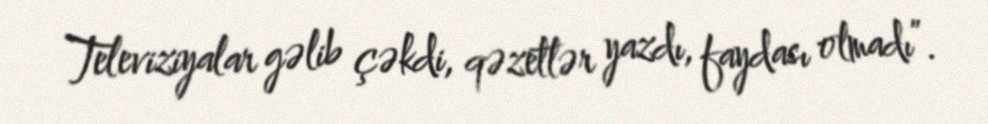
Televiziyalar gəlib çəkdi, qəzetlər yazdı, faydası olmadı”.